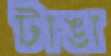
টাঙা